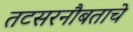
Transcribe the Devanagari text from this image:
तटसरनौबताचे